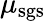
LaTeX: \mu_{\mathrm{sgs}}